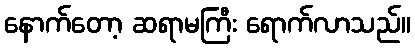
နောက်တော့ ဆရာမကြီး ရောက်လာသည်။